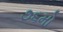
૭૬મો